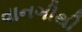
વાનગીથી